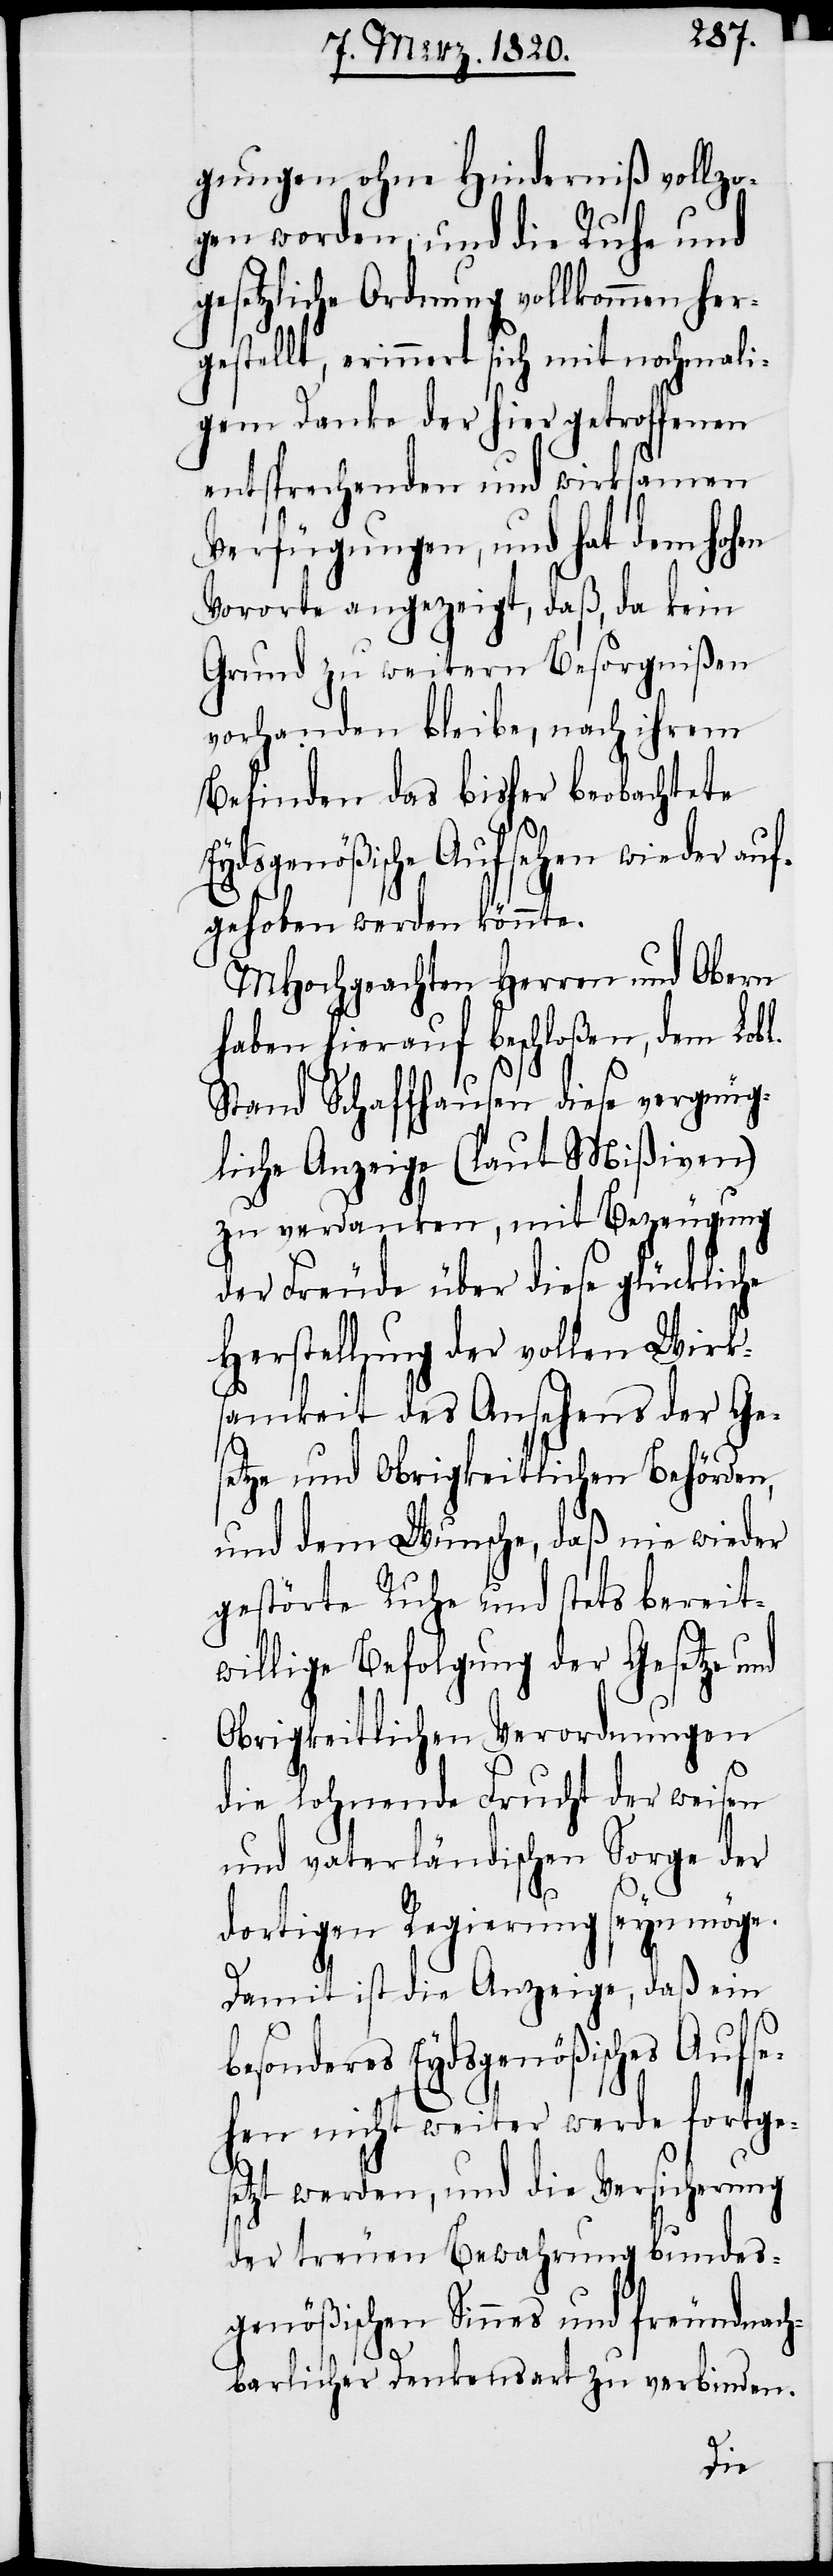
gungen ohne Hinderniß vollzo¬
gen worden, und die Ruhe und
gesetzliche Ordnung vollkommen her¬
gestellt, erinnert sich mit nochmali¬
gem Danke der hier getroffenen
entsprechenden und wirksamen
Verfügungen, und hat dem hohen
Vororte angezeigt, daß, da kein
Grund zu weitern Besorgnißen
vorhanden bleibe, nach ihrem
Befinden das bisher beobachtete
Eydsgenößische Aufsehen wieder auf¬
gehoben werden könnte.
MHochgeachten Herren und Obern
haben hierauf beschloßen, dem Lobl.
Stand Schaffhausen diese vergnüg¬
liche Anzeige (laut Mißiven)
zu verdanken, mit Bezeugung
der Freude über diese glückliche
Herstellung der vollen Wirks¬
amkeit des Ansehens der Ge¬
setze und Obrigkeitlichen Behörden,
und dem Wunsche, daß nie wieder
gestörte Ruhe und stets bereit¬
willige Befolgung der Gesetze und
Obrigkeitlichen Verordnungen
die lohnende Frucht der weisen
und vaterländischen Sorge der
dortigen Regierung seyn möge.
Damit ist die Anzeige, daß ein
besonderes Eydsgenößisches Aufse¬
hen nicht weiter werde fortges¬
etzt werden, und die Versicherung
der treuen Bewahrung bundes¬
genößischen Sinnes und freundnach¬
barlicher Dankensart zu verbinden.